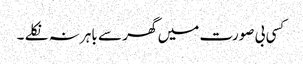
کسی بی صورت میں گھر سے باہر نہ نکلے ۔